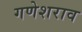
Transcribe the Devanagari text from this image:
गणेशराव